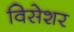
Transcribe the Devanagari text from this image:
विसेशर